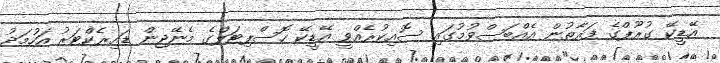
އޭޑީކޭ ގުރޫޕްގެ ފަރާތުން އެއްބަސްވުމުގައި ސޮއިކުރެއްވީ އޭޑީކޭ ހޮސްޕިޓަލްގެ މެނޭޖިން ޑައިރެކްޓަރު އަހުމަދު